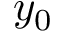
y _ { 0 }